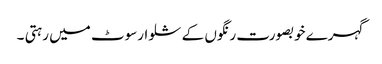
گہرے خوبصورت رنگوں کے شلوارسوٹ میں رہتی ۔